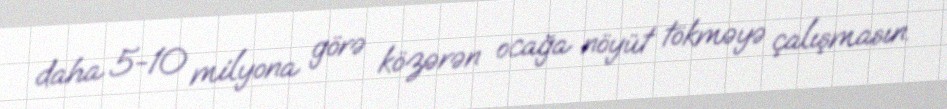
daha 5-10 milyona görə közərən ocağa nöyüt tökməyə çalışmasın.